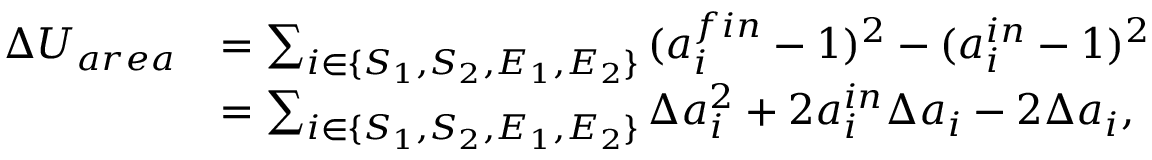
\begin{array} { r l } { \Delta U _ { a r e a } } & { = \sum _ { i \in \{ S _ { 1 } , S _ { 2 } , E _ { 1 } , E _ { 2 } \} } { ( a _ { i } ^ { f i n } - 1 ) ^ { 2 } - ( a _ { i } ^ { i n } - 1 ) ^ { 2 } } } \\ & { = \sum _ { i \in \{ S _ { 1 } , S _ { 2 } , E _ { 1 } , E _ { 2 } \} } \Delta a _ { i } ^ { 2 } + 2 a _ { i } ^ { i n } \Delta a _ { i } - 2 \Delta a _ { i } , } \end{array}